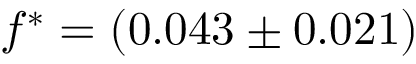
f ^ { \ast } = ( 0 . 0 4 3 \pm 0 . 0 2 1 )